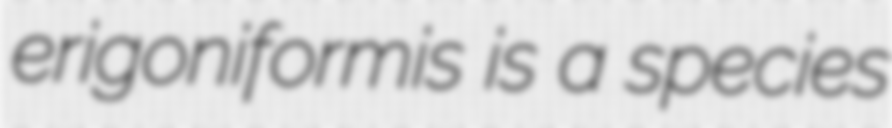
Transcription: erigoniformis is a species